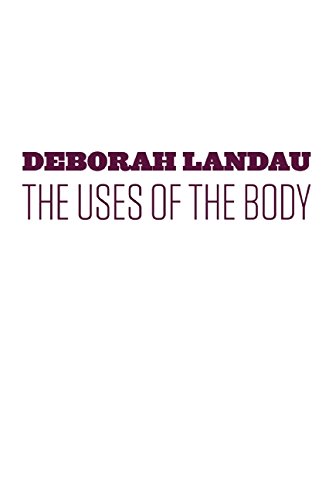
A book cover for The Uses of the Body; Deborah Landau; Literature & Fiction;